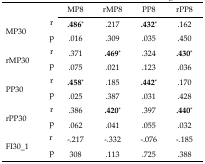
<table><thead><tr><td></td><td></td><td><b>MP8</b></td><td><b>rMP8</b></td><td><b>PP8</b></td><td><b>rPP8</b></td></tr></thead><tbody><tr><td rowspan="2">MP30</td><td>r</td><td><b>.486</b>*</td><td>.217</td><td><b>.432</b>*</td><td>.162</td></tr><tr><td>p</td><td>.016</td><td>.309</td><td>.035</td><td>.450</td></tr><tr><td rowspan="2">rMP30</td><td>r</td><td>.371</td><td><b>.469</b>*</td><td>.324</td><td><b>.430</b>*</td></tr><tr><td>p</td><td>.075</td><td>.021</td><td>.123</td><td>.036</td></tr><tr><td rowspan="2">PP30</td><td>r</td><td><b>.458</b>*</td><td>.185</td><td><b>.442</b>*</td><td>.170</td></tr><tr><td>p</td><td>.025</td><td>.387</td><td>.031</td><td>.428</td></tr><tr><td rowspan="2">rPP30</td><td>r</td><td>.386</td><td><b>.420</b>*</td><td>.397</td><td><b>.440</b>*</td></tr><tr><td>p</td><td>.062</td><td>.041</td><td>.055</td><td>.032</td></tr><tr><td rowspan="2">FI30_1</td><td>r</td><td>−.217</td><td>−.332</td><td>−.076</td><td>−.185</td></tr><tr><td>p</td><td>308</td><td>.113</td><td>.725</td><td>.388</td></tr></tbody></table>